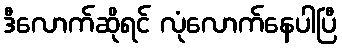
ဒီလောက်ဆိုရင် လုံလောက်နေပါပြီ